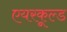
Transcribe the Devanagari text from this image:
एयरकूल्ड